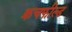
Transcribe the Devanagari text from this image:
क्रचफील्ड